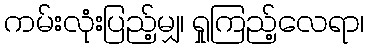
ကမ်းလုံးပြည့်မျှ၊ ရှုကြည့်လေရာ၊